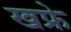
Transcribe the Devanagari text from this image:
खफ्रे